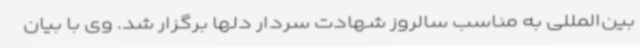
بین‌المللی به مناسب سالروز شهادت سردار دلها برگزار شد. وی با بیان